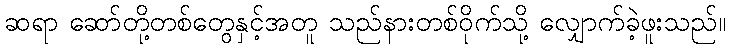
ဆရာ ဆော်တို့တစ်တွေနှင့်အတူ သည်နားတစ်ဝိုက်သို့ လျှောက်ခဲ့ဖူးသည်။